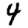
Digit: 4